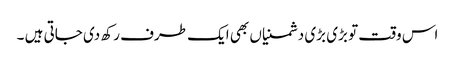
اس وقت تو بڑی بڑی دشمنیاں بھی ایک طرف رکھ دی جاتی ہیں ۔